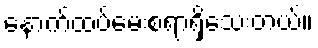
နောက်ထပ်မေးစရာရှိသေးတယ်။